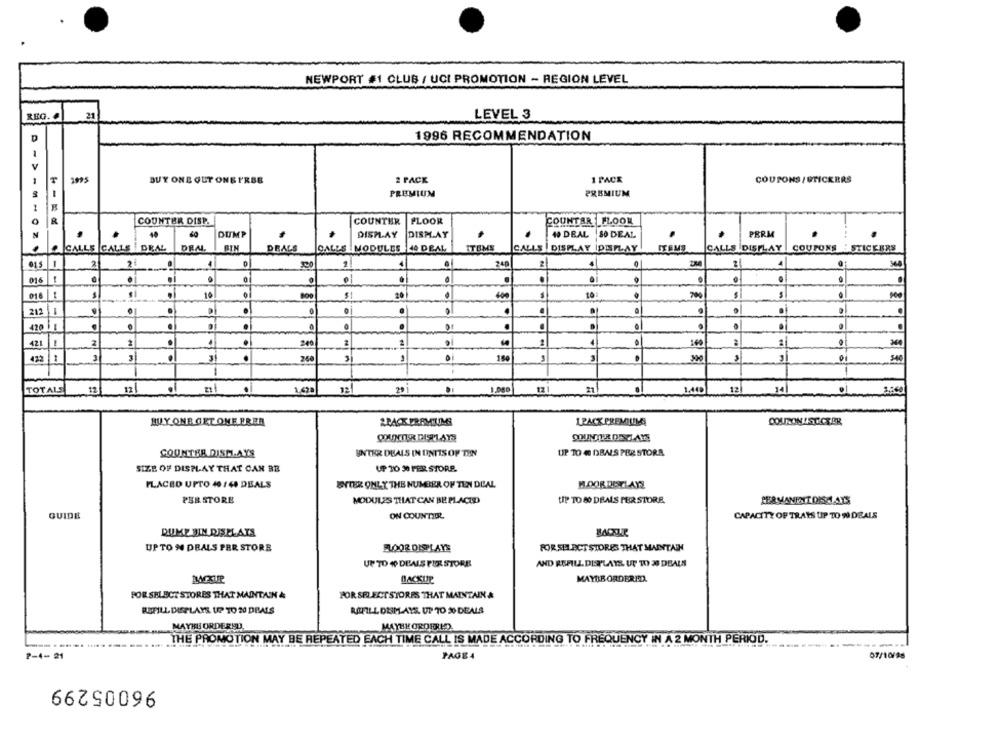
NEWPORT #1 CLUB / UCI PROMOTION - REGION LEVEL
REG. .
21
LEVEL 3
D
1996 RECOMMENDATION
T
1995
2 PACK
1 PACK
COUPONS / STICKERS
BUY ONE GUY ONE PRSE
PREMIUM
PREMIUM
COUNTER DISP.
COUNTER
FLOOR
COUNTAR FLOON
40
DUMP
DISPLAY
DISPLAY
40 DEAL 80 DEAL
PERM
CALLS CALLS DRAL
DEAL
BIN
DRALS
CALLS MODULES
44 DEAL
ITEMS
CALLS | DISPLAY IDISPLAY
ITEMS
CALLS DISPLAY | COUPONS : STICKERS
-
2
4
1
4
248
2
360
016
.
018 1
10
20
.
10
700
212 1
.
.
.
420
.
.
0
.
.
1
.
200
1
.
160
.
421
-
.
150
300
540
432
260
1
1
TOTALS
12
12
.
.
1.620
12
29
1.000
1.445
12
14
2 .: 60
BUY ONE GET QME ERER
BACK FRAMIUMS
1 PACK PREMIUMS
COURON I SUCKER
COUNTER DISPLAYS
SOUNTER DECAYS
COUNTER DISMAYS
UNTER DUALS IN UNTIS OF THN
UP TO @ DBALS PER STORR.
SIZE OF DISPLAY THAT CAN BE
UP 30 30 FER STORE.
PLACED UPTO 40 /40 DEALS
BYTER ONLY THE NUMBER OF TEN DEAL
MOORDDELAYS
PER STORE
MODULES THAT CAN BE PLACED
UP TO 80 DEALS PER STORE.
PERMANESIT DISHAYS
GUIDE
ON COUNTIOL
CAPACITY OF TRAYS UP TO W DEALS
DUMP BIN DISELAIS
UPTO 9 DRALS PER STORE
FLOOR DISPLAYS
FOR SELECT STORES THAT MAINTAIN
UP TO % DEALS PER STORE
AND REFILL. DISPLAYS UP TO 20 DEALS
BACKUP
MAYBE ORDERED.
POR SELECT STORES THAT MAINTAIN &
POR SELECT STORRS THAT MAINTAIN &
REFILL DISPLAYS UP TO 20 DEALS
ROUPILLONIM AYS. UP TO 2% DEALS
MAYHE ORDERED.
MAYBE ORDERED
-----
THE PROMOTION MAY BE REPEATED EACH TIME CALL IS MADE ACCORDING TO FR
2-4-21
PAGE 4
07/10/98
66750096